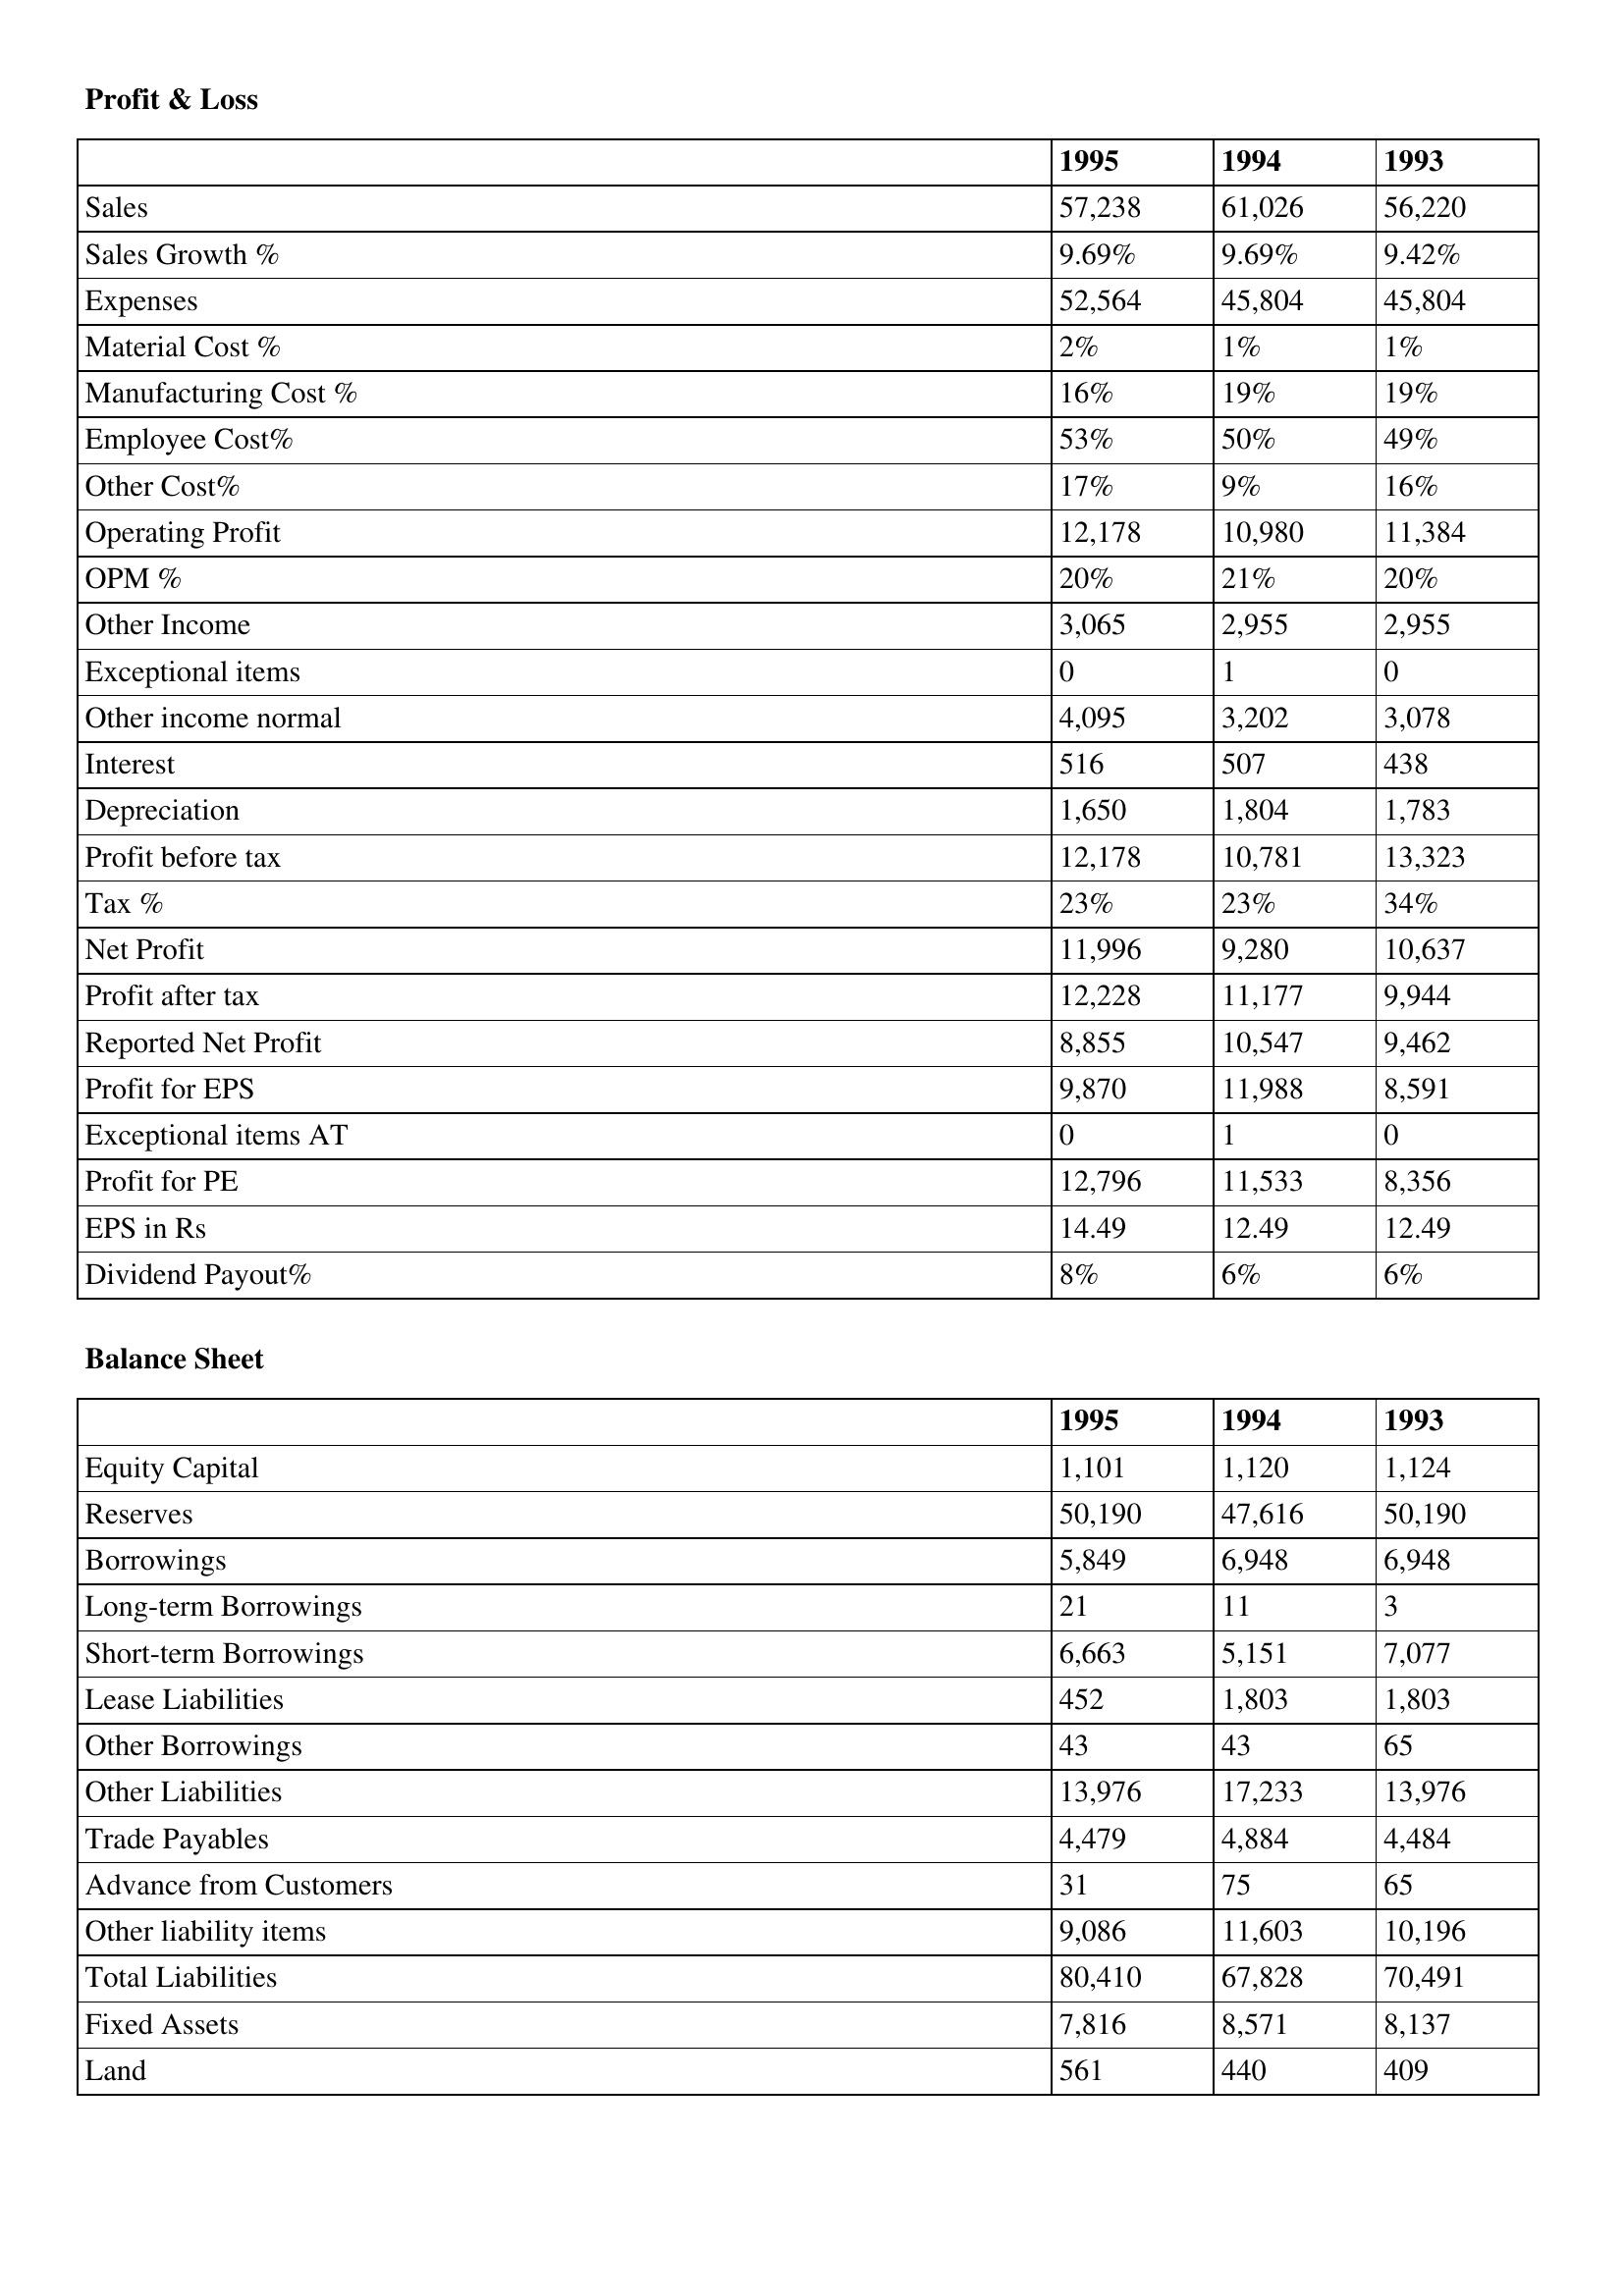
gt_parse: 1995: Profit & Loss: Sales: 57,238
Sales Growth %: 9.69%
Expenses: 52,564
Material Cost %: 2%
Manufacturing Cost %: 16%
Employee Cost%: 53%
Other Cost%: 17%
Operating Profit: 12,178
OPM %: 20%
Other Income: 3,065
Exceptional items: 0
Other income normal: 4,095
Interest: 516
Depreciation: 1,650
Profit before tax: 12,178
Tax %: 23%
Net Profit: 11,996
Profit after tax: 12,228
Reported Net Profit: 8,855
Profit for EPS: 9,870
Exceptional items AT: 0
Profit for PE: 12,796
EPS in Rs: 14.49
Dividend Payout%: 8%
Balance Sheet: Equity Capital: 1,101
Reserves: 50,190
Borrowings: 5,849
Long-term Borrowings: 21
Short-term Borrowings: 6,663
Lease Liabilities: 452
Other Borrowings: 43
Other Liabilities: 13,976
Trade Payables: 4,479
Advance from Customers: 31
Other liability items: 9,086
Total Liabilities: 80,410
Fixed Assets: 7,816
Land: 561
1994: Profit & Loss: Sales: 61,026
Sales Growth %: 9.69%
Expenses: 45,804
Material Cost %: 1%
Manufacturing Cost %: 19%
Employee Cost%: 50%
Other Cost%: 9%
Operating Profit: 10,980
OPM %: 21%
Other Income: 2,955
Exceptional items: 1
Other income normal: 3,202
Interest: 507
Depreciation: 1,804
Profit before tax: 10,781
Tax %: 23%
Net Profit: 9,280
Profit after tax: 11,177
Reported Net Profit: 10,547
Profit for EPS: 11,988
Exceptional items AT: 1
Profit for PE: 11,533
EPS in Rs: 12.49
Dividend Payout%: 6%
Balance Sheet: Equity Capital: 1,120
Reserves: 47,616
Borrowings: 6,948
Long-term Borrowings: 11
Short-term Borrowings: 5,151
Lease Liabilities: 1,803
Other Borrowings: 43
Other Liabilities: 17,233
Trade Payables: 4,884
Advance from Customers: 75
Other liability items: 11,603
Total Liabilities: 67,828
Fixed Assets: 8,571
Land: 440
1993: Profit & Loss: Sales: 56,220
Sales Growth %: 9.42%
Expenses: 45,804
Material Cost %: 1%
Manufacturing Cost %: 19%
Employee Cost%: 49%
Other Cost%: 16%
Operating Profit: 11,384
OPM %: 20%
Other Income: 2,955
Exceptional items: 0
Other income normal: 3,078
Interest: 438
Depreciation: 1,783
Profit before tax: 13,323
Tax %: 34%
Net Profit: 10,637
Profit after tax: 9,944
Reported Net Profit: 9,462
Profit for EPS: 8,591
Exceptional items AT: 0
Profit for PE: 8,356
EPS in Rs: 12.49
Dividend Payout%: 6%
Balance Sheet: Equity Capital: 1,124
Reserves: 50,190
Borrowings: 6,948
Long-term Borrowings: 3
Short-term Borrowings: 7,077
Lease Liabilities: 1,803
Other Borrowings: 65
Other Liabilities: 13,976
Trade Payables: 4,484
Advance from Customers: 65
Other liability items: 10,196
Total Liabilities: 70,491
Fixed Assets: 8,137
Land: 409